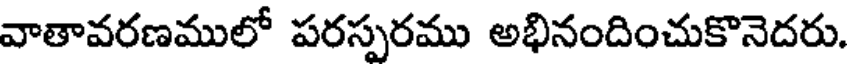
వాతావరణములో పరస్పరము అభినందించుకొనెదరు.